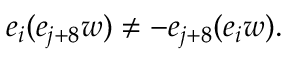
\begin{array} { r } { e _ { i } ( e _ { j + 8 } w ) \neq - e _ { j + 8 } ( e _ { i } w ) . } \end{array}